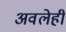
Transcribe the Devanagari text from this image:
अवलेही